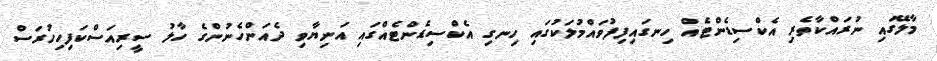
މާލޭގައި ނުރައްކާތެރި އެކްސިޑެންޓެއް ހިނގައިފިފުވައްމުލަކުގައި ހިނގި އެކްސިޑެންޓެއްގައި އަނިޔާވި ދެއަންހެނުންގެ ހާލު ސީރިއަސްކަފިހިހުރަސް